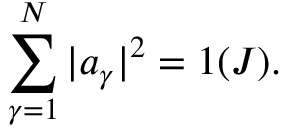
\sum _ { \gamma = 1 } ^ { N } | a _ { \gamma } | ^ { 2 } = 1 ( J ) .